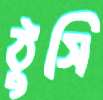
ঠুসি